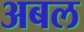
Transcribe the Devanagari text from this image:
अबल